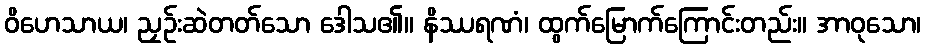
ဝိဟေသာယ၊ ညှဉ်းဆဲတတ်သော ဒေါသ၏။ နိဿရဏံ၊ ထွက်မြောက်ကြောင်းတည်း။ အာဝုသော၊